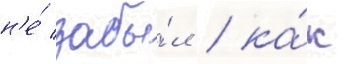
н'е́ забы́л / ка́к